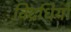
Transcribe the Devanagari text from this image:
विद्रधियाँ